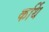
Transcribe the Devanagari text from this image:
कर्थि